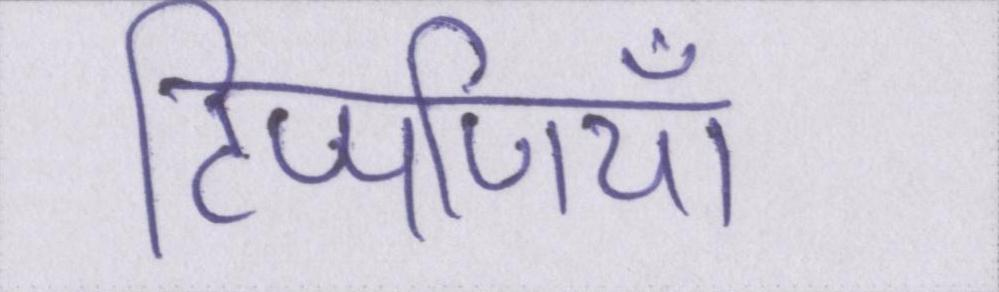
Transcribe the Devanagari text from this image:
टिप्पणियाँ